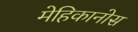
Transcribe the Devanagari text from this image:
मेहिकानोस